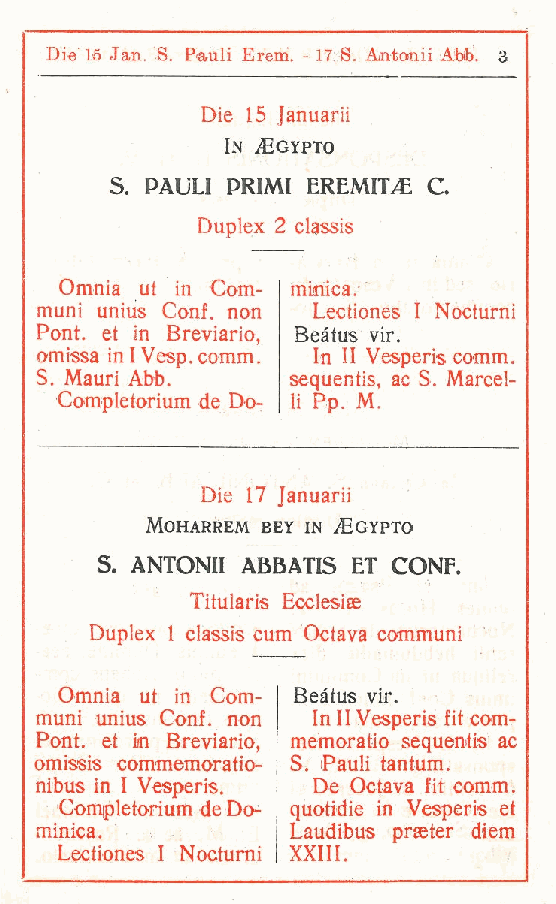
Die 1S Jan. S. Pauli Erem. - 17 S. Ajntomii Abb. 3
 Die 15 Januarii
 In Egypto
 S  PAULI PRIMI EREMITA C.
 .
 Duplex 2 classis
 Omnia ut in Com- minica.
 muni unius Conf non Lectiones I Nocturni
 .
 Pont. et in Breviario Beàtus vir.
 ,
 omissa in I Vesp.comm. In il Vesperis comm.
 S Mauri Abb.     sequentis, ac S. Marcel-
 .
 Completorium de Do- li Pp. M.
 Die 17 Januarii
 MOHARREM BEY IN JEGYPTO
 S  ANTONII ABBATIS ET CONF.
 .
 Titularis Ecclesiae
 Duplex 1 classis cum Octava communi
 Omnia ut in Com- Beàtus vir.
 muni unius Conf. non In 11 Vesperis fit com-
 Pont. et in Breviario memoralo sequentis ac
 ,
 omissis commemoratio- S Pauli tantum.
 .
 nibus in I Vesperis. De Octava fit comm.
 Completorium de Do- quotidie in Vesperis et
 minica.          Laudibus prseter diem
 Lectiones 1 Nocturni XXIII.